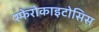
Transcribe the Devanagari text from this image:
स्फेरोकाइटोसिस